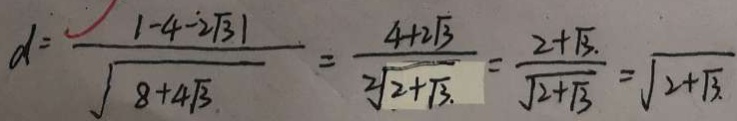
d = \frac { \vert - 4 - 2 \sqrt { 3 } \vert } { \sqrt { 8 + 4 \sqrt { 3 } } } = \frac { 4 + 2 \sqrt { 3 } } { 2 \sqrt { 2 + \sqrt { 3 } . } } = \frac { 2 + \sqrt { 3 } . } { \sqrt { 2 + \sqrt { 3 } } } = \sqrt { 2 + \sqrt { 3 } . }